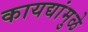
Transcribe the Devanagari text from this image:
कायद्यांमुळे